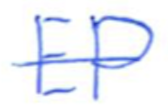
Text: EP
Cross-out: single-line
Writing tool: ballpoint